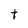
Character: t